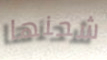
شحنها